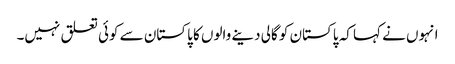
انہوں نے کہا کہ پاکستان کو گالی دینے والوں کا پاکستان سے کوئی تعلق نہیں۔